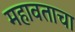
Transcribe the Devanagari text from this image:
महावताचा